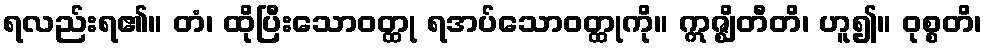
ရလည်းရ၏။ တံ၊ ထိုပြီးသောဝတ္ထု ရအပ်သောဝတ္ထုကို။ ဣဇ္ဈိတီတိ၊ ဟူ၍။ ဝုစ္စတိ၊